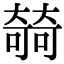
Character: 㚡